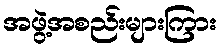
အဖွဲ့အစည်းများကြား